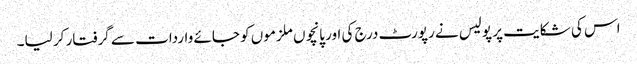
اس کی شکایت پر پولیس نے رپورٹ درج کی اور پانچوں ملزموں کو جائے واردات سے گرفتار کر لیا۔